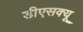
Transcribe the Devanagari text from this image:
डीएसक्यू